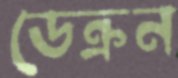
ডেক্রন